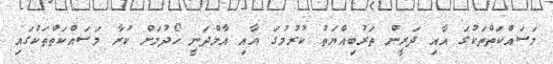
މަސައްކަތްތަކުގަ އާއި ދަރީން ތަރުބިއްޔަތު ކުރުމުގަ އާއި އާމްދަނީ ހޯދުމަށް ކުރާ މަސައްކަތްތަކުގައި